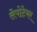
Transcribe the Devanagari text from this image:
लेपोटेयर